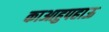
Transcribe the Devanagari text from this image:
काआहुपहाऊ